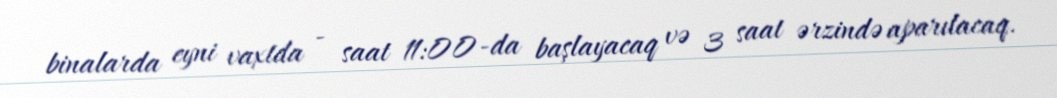
binalarda eyni vaxtda - saat 11:00-da başlayacaq və 3 saat ərzində aparılacaq.